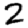
Digit: 2